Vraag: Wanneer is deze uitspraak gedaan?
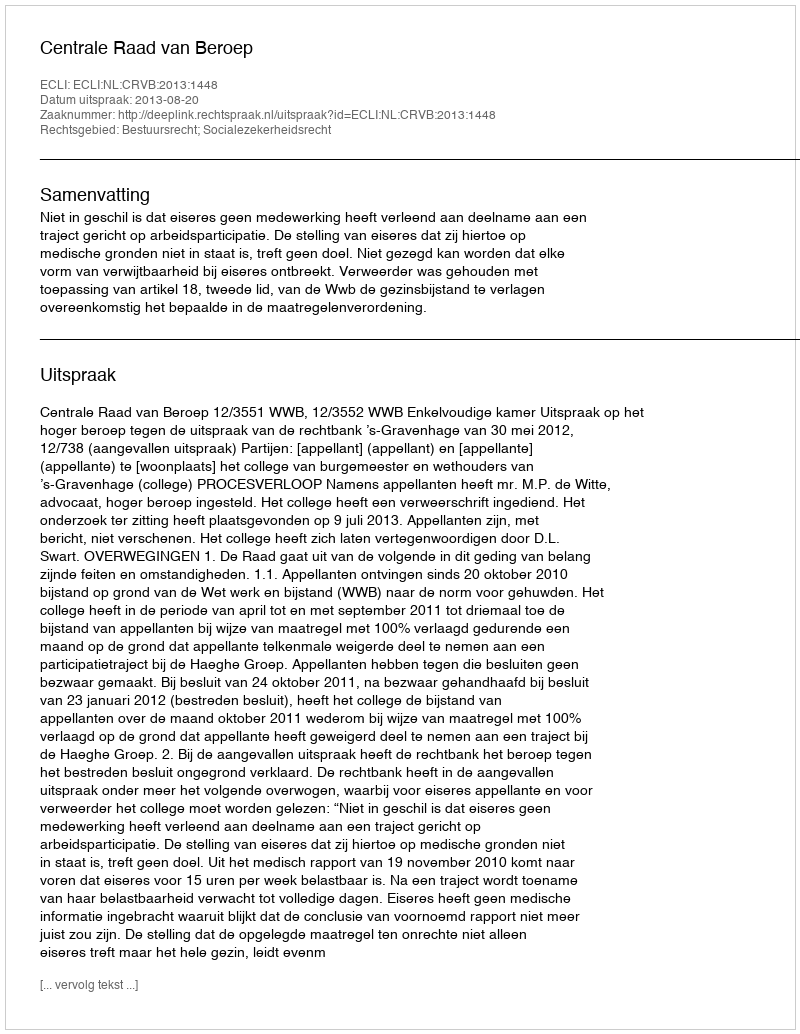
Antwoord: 2013-08-20